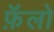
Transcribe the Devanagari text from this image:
फ़ॅलो